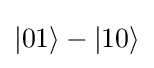
|01\rangle -|10\rangle